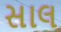
સાલ